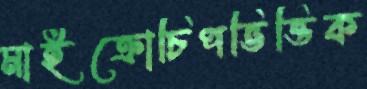
মাইক্রোচিপভিত্তিক